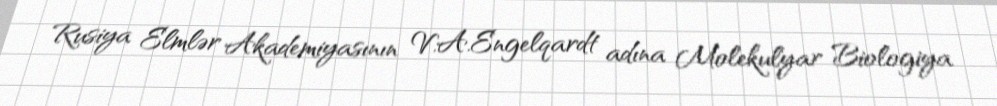
Rusiya Elmlər Akademiyasının V.A.Engelqardt adına Molekulyar Biologiya